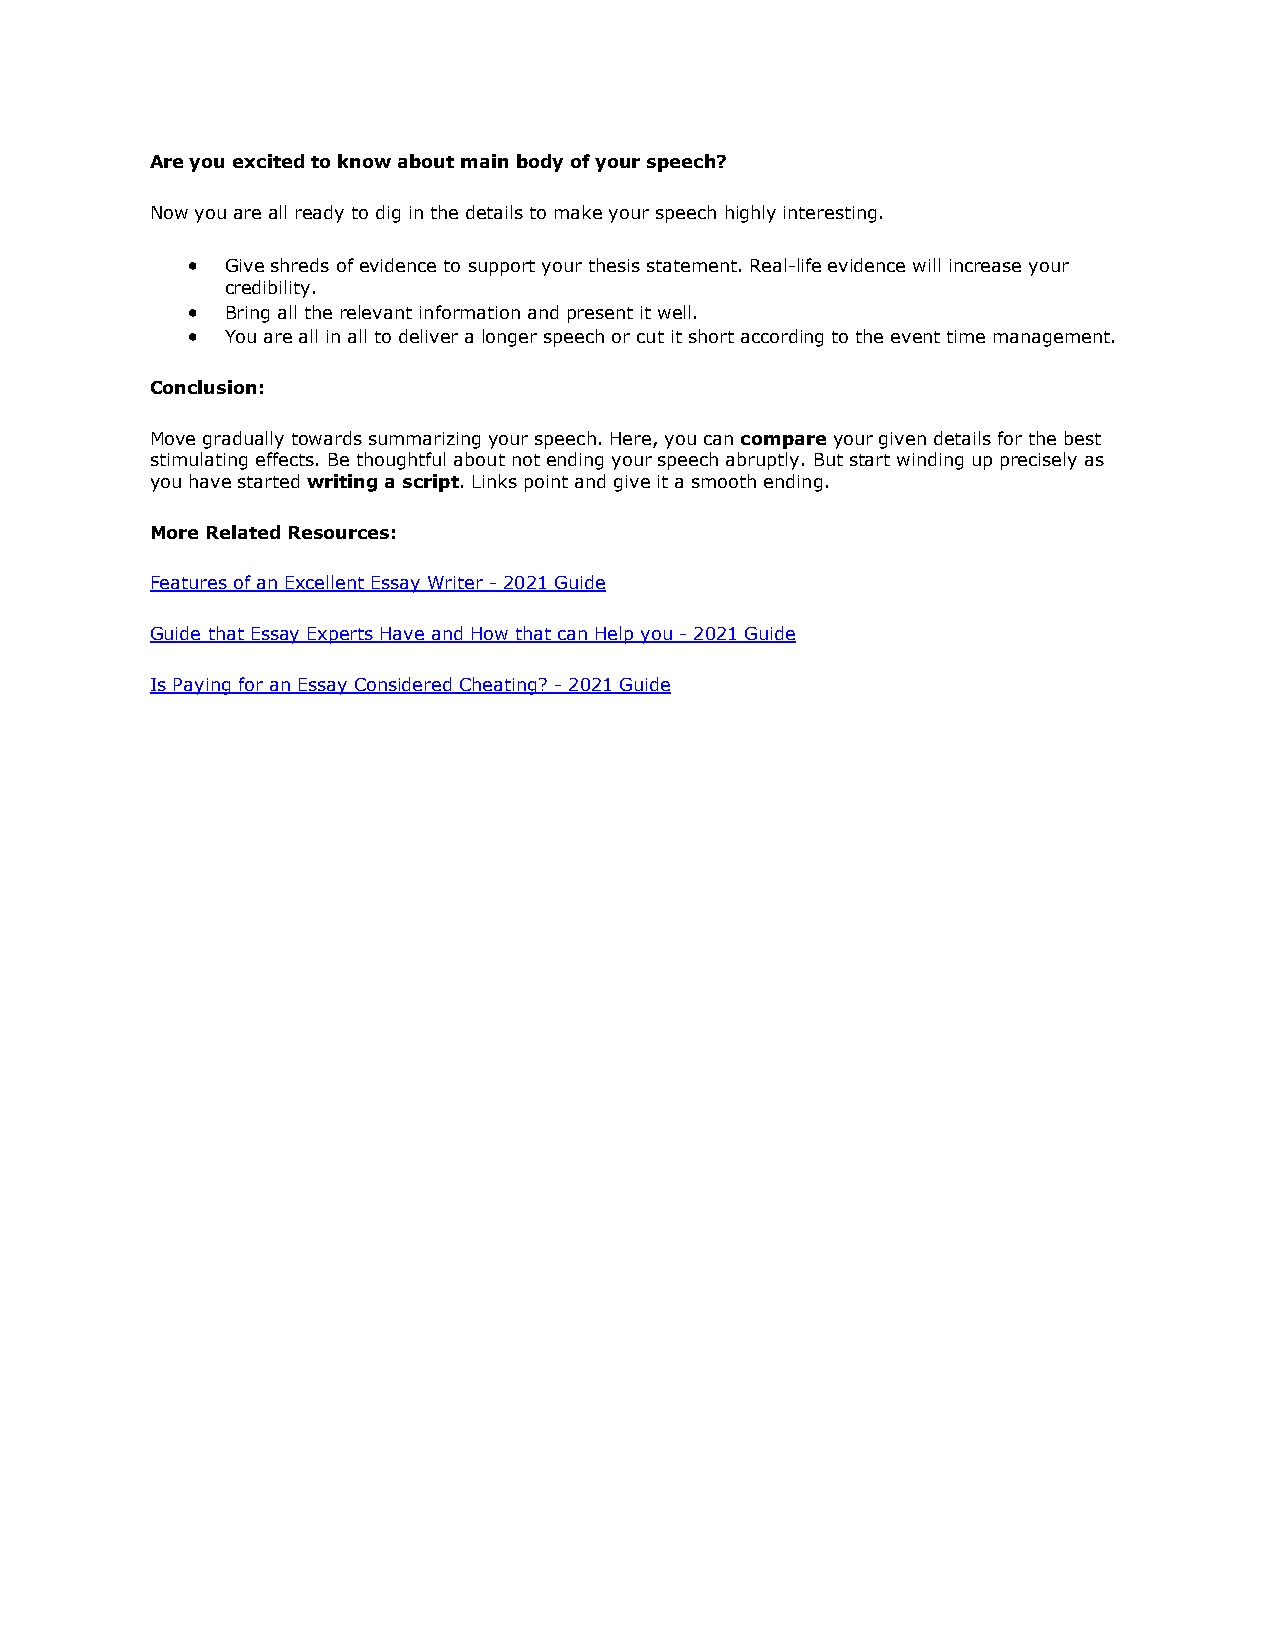
Are you excited to know about main body of your speech?
 Now you are all ready to dig in the details to make your speech highly interesting.
 •  Give shreds of evidence to support your thesis statement. Real-life evidence will increase your
 credibility.
 •  Bring all the relevant information and present it well.
 •  You are all in all to deliver a longer speech or cut it short according to the event time management.
 Conclusion:
 Move gradually towards summarizing your speech. Here, you can compare your given details for the best
 stimulating effects. Be thoughtful about not ending your speech abruptly. But start winding up precisely as
 you have started writing a script. Links point and give it a smooth ending.
 More Related Resources:
 Features of an Excellent Essay Writer - 2021 Guide
 Guide that Essay Experts Have and How that can Help you - 2021 Guide
 Is Paying for an Essay Considered Cheating? - 2021 Guide